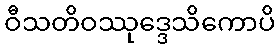
ဝီသတိဝဿုဒ္ဒေသိကောပိ